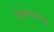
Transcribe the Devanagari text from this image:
मिरवण्यासाठी